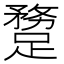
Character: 𨄝